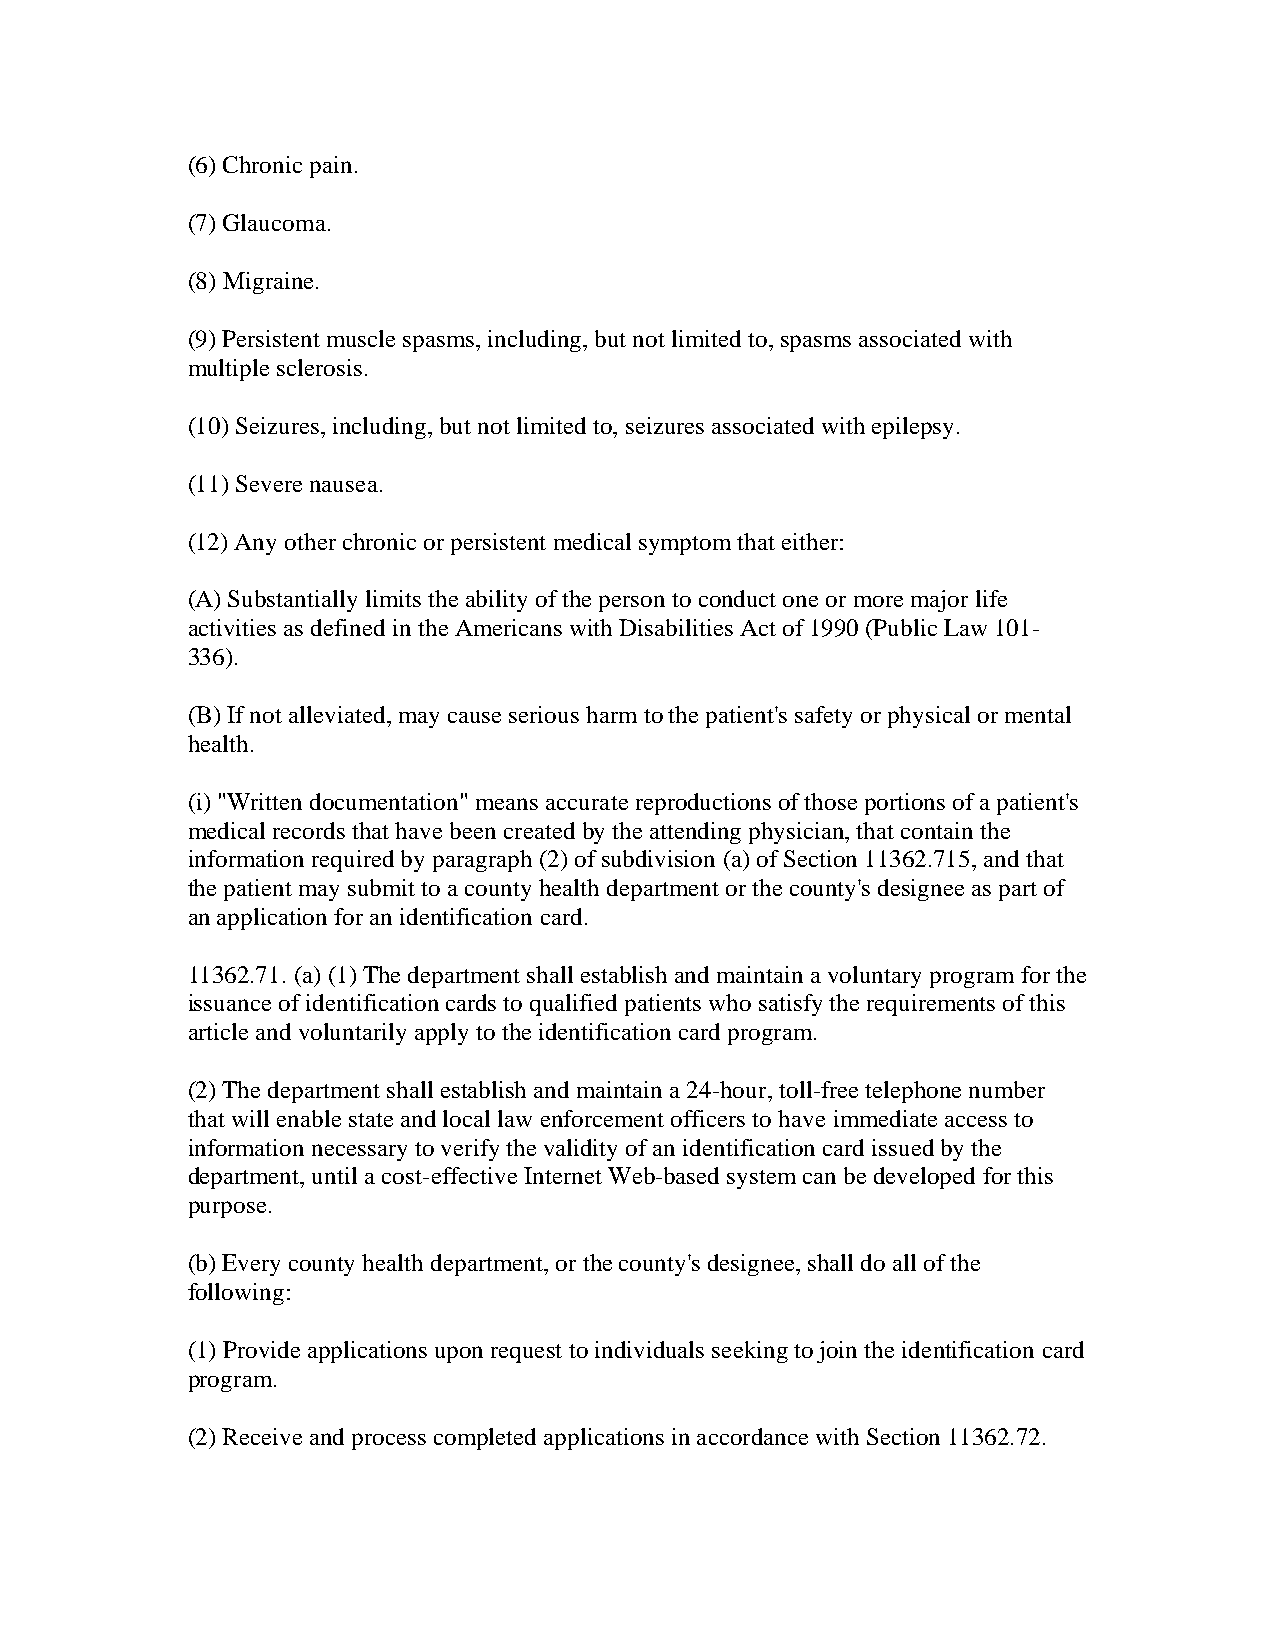
(6) Chronic pain.
 (7) Glaucoma.
 (8) Migraine.
 (9) Persistent muscle spasms, including, but not limited to, spasms associated with
 multiple sclerosis.
 (10) Seizures, including, but not limited to, seizures associated with epilepsy.
 (11) Severe nausea.
 (12) Any other chronic or persistent medical symptom that either:
 (A) Substantially limits the ability of the person to conduct one or more major life
 activities as defined in the Americans with Disabilities Act of 1990 (Public Law 101-
 336).
 (B) If not alleviated, may cause serious harm to the patient's safety or physical or mental
 health.
 (i) "Written documentation" means accurate reproductions of those portions of a patient's
 medical records that have been created by the attending physician, that contain the
 information required by paragraph (2) of subdivision (a) of Section 11362.715, and that
 the patient may submit to a county health department or the county's designee as part of
 an application for an identification card.
 11362.71. (a) (1) The department shall establish and maintain a voluntary program for the
 issuance of identification cards to qualified patients who satisfy the requirements of this
 article and voluntarily apply to the identification card program.
 (2) The department shall establish and maintain a 24-hour, toll-free telephone number
 that will enable state and local law enforcement officers to have immediate access to
 information necessary to verify the validity of an identification card issued by the
 department, until a cost-effective Internet Web-based system can be developed for this
 purpose.
 (b) Every county health department, or the county's designee, shall do all of the
 following:
 (1) Provide applications upon request to individuals seeking to join the identification card
 program.
 (2) Receive and process completed applications in accordance with Section 11362.72.